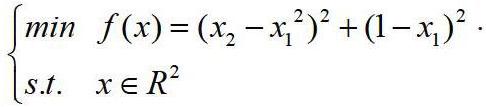
\[
\begin{cases}
\min\ f(x) = (x_2 - x_1^2)^2 + (1 - x_1)^2 \\
s.t.\ x \in R^2
\end{cases}
\]